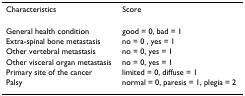
<table><thead><tr><td><b>Characteristics</b></td><td><b>Score</b></td></tr></thead><tbody><tr><td>General health condition</td><td>good = 0, bad = 1</td></tr><tr><td>Extra-spinal bone metastasis</td><td>no = 0 , yes = 1</td></tr><tr><td>Other vertebral metastasis</td><td>no = 0, yes = 1</td></tr><tr><td>Other visceral organ metastasis</td><td>no = 0, yes = 1</td></tr><tr><td>Primary site of the cancer</td><td>limited = 0, diffuse = 1</td></tr><tr><td>Palsy</td><td>normal = 0, paresis = 1, plegia = 2</td></tr></tbody></table>